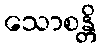
သောစန္တိ